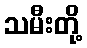
သမီးတို့